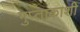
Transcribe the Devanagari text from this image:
गुप्‍ताकाशी